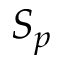
S _ { p }